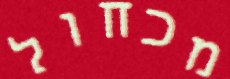
מכחול